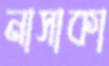
নাসাকা